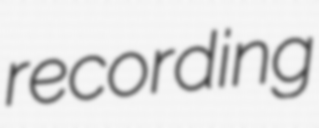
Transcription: recording